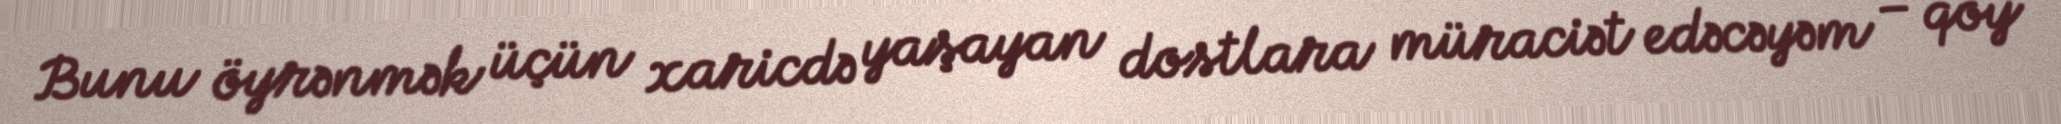
Bunu öyrənmək üçün xaricdə yaşayan dostlara müraciət edəcəyəm – qoy